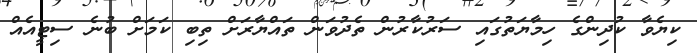
ކިޔެވާ ކުދިންގެ ހިމާޔަތުގައި ސަރުކާރުން ތެދުވަން ތައްޔާރަށް ތިބި ކަމަށް ބުނެ ސިޓީއެއް